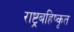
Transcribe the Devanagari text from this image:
राष्ट्रबहिष्कृत